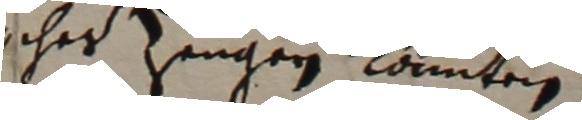
sicher zengen könten.